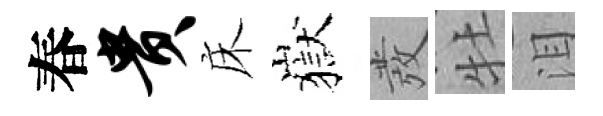
春贵床嶽發牡泪